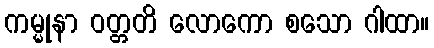
ကမ္မုနာ ဝတ္တတိ လောကော စသော ဂါထာ။